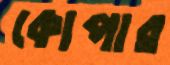
কোপার